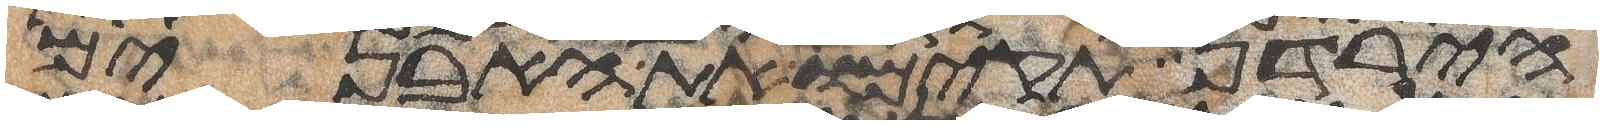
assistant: הירדן תקימו את האבנים